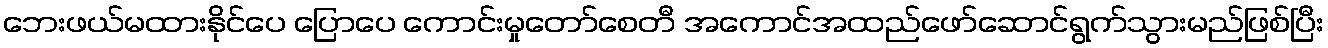
ဘေးဖယ်မထားနိုင်ပေ ပြောပေ ကောင်းမှုတော်စေတီ အကောင်အထည်ဖော်ဆောင်ရွက်သွားမည်ဖြစ်ပြီး